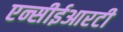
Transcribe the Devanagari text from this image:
एन्सीईआरटी